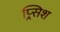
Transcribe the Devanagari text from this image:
प्र्सिश